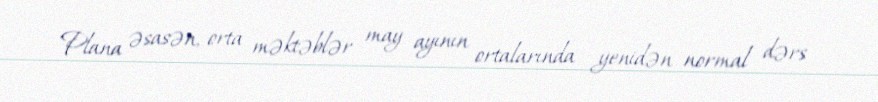
Plana əsasən, orta məktəblər may ayının ortalarında yenidən normal dərs